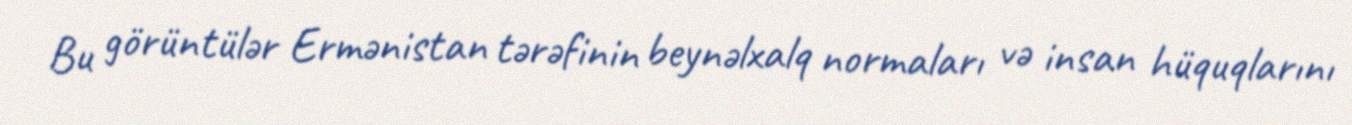
Bu görüntülər Ermənistan tərəfinin beynəlxalq normaları və insan hüquqlarını